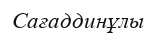
Сағаддинұлы